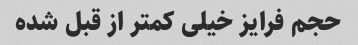
حجم فرایز خیلی کمتر از قبل شده